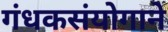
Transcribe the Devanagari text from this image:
गंधकसंयोगाने